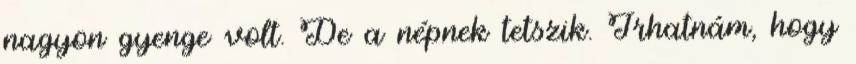
nagyon gyenge volt. De a népnek tetszik. Írhatnám, hogy